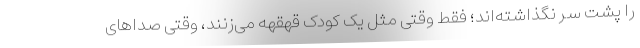
را پشت سر نگذاشته‌اند؛ فقط وقتی مثل یک کودک قهقهه می‌زنند، وقتی صداهای